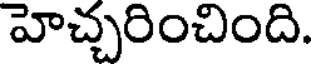
హెచ్చరించింది.